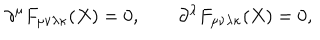
\partial ^ { \mu } F _ { \mu \nu \lambda \kappa } ( X ) = 0 , \qquad \partial ^ { \lambda } F _ { \mu \nu \lambda \kappa } ( X ) = 0 ,